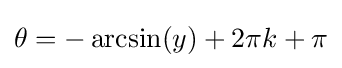
\theta =-\arcsin(y)+2\pi k+\pi